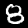
Digit: 8